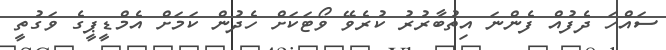
ސައްހަ ދެފުއް ފެންނަ އިތުބާރުރު ކުރެވޭ ވޯޓަކަށް ހެދުން ކަމަށް އެމްޑީޕީގެ ވަގުތީ